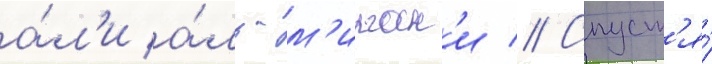
а́л'и а́ль-м'ирган'и // Спуст'я́